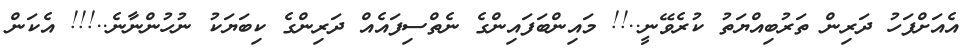
އެއަށްފަހު ދަރިން ތަރުބިއްޔަތު ކުރެވޭނީ..!! މައިންބަފައިންގެ ނެތްސިފައެއް ދަރިންގެ ކިބަޔަކު ނުހުންނާނެ..!!! އެކަން